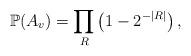
LaTeX: \begin{align*}\mathbb{P}(A_v) = \prod_{R} \left( 1 - 2^{-|R|} \right),\end{align*}